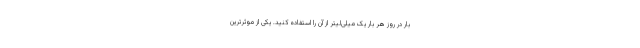
بار در روز هر بار یک میلی‌لیتر از آن را استفاده کنید. یکی از موثرترین